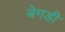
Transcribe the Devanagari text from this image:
बेगडी